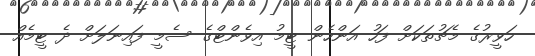
ހަވީރުގެ މެޗުތަކަށް ފަހު އަންހެން ޓީމު އިވެންޓްގެ ސެމީ ފައިނަލަށް ދެ ޓީމެއް